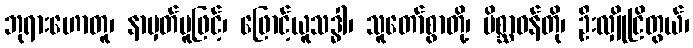
ဘုရားဟောတူ၊ နာမှတ်မူဖြင့်၊ ဖြောင့်ယူသဒ္ဓါ၊ သူတော်စွာတို့၊ မိစ္ဆာဝန်တို၊ ဦးလျှိုငြိတွယ်၊